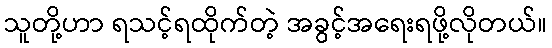
သူတို့ဟာ ရသင့်ရထိုက်တဲ့ အခွင့်အရေးရဖို့လိုတယ်။